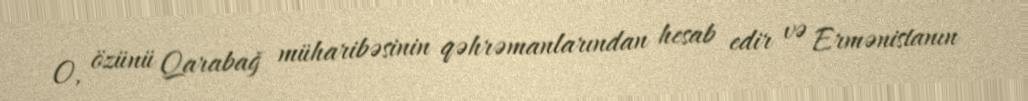
O, özünü Qarabağ müharibəsinin qəhrəmanlarından hesab edir və Ermənistanın